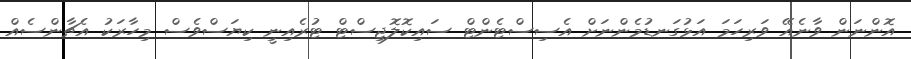
އޮންނަން ވާނެއޭ ވަރިހަމަ އަޅުގަނޑުމެންނަށް އެސިސްޓެންޓް ސައިކޮލޮޖިސްޓް ޓުރެއިނީ ކިޔަސްވެސް މިހާރަކު އެޗާންސެއް